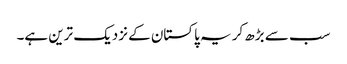
سب سے بڑھ کر یہ پاکستان کے نزدیک ترین ہے۔